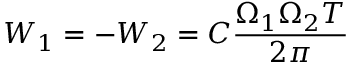
W _ { 1 } = - W _ { 2 } = C \frac { \Omega _ { 1 } \Omega _ { 2 } T } { 2 \pi }